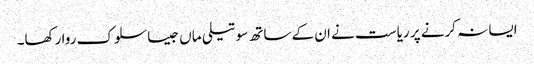
ایسا نہ کرنے پر ریاست نے ان کے ساتھ سوتیلی ماں جیسا سلوک روا رکھا۔